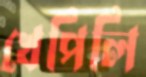
খেপিলি